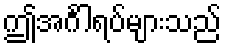
ဤအင်္ဂါရပ်များသည်